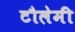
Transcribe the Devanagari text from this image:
टौलेमी